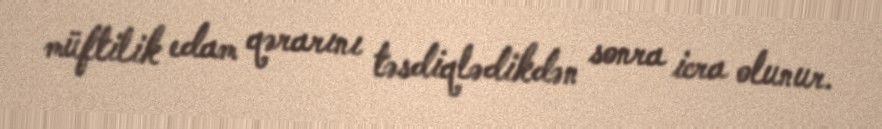
müftilik edam qərarını təsdiqlədikdən sonra icra olunur.